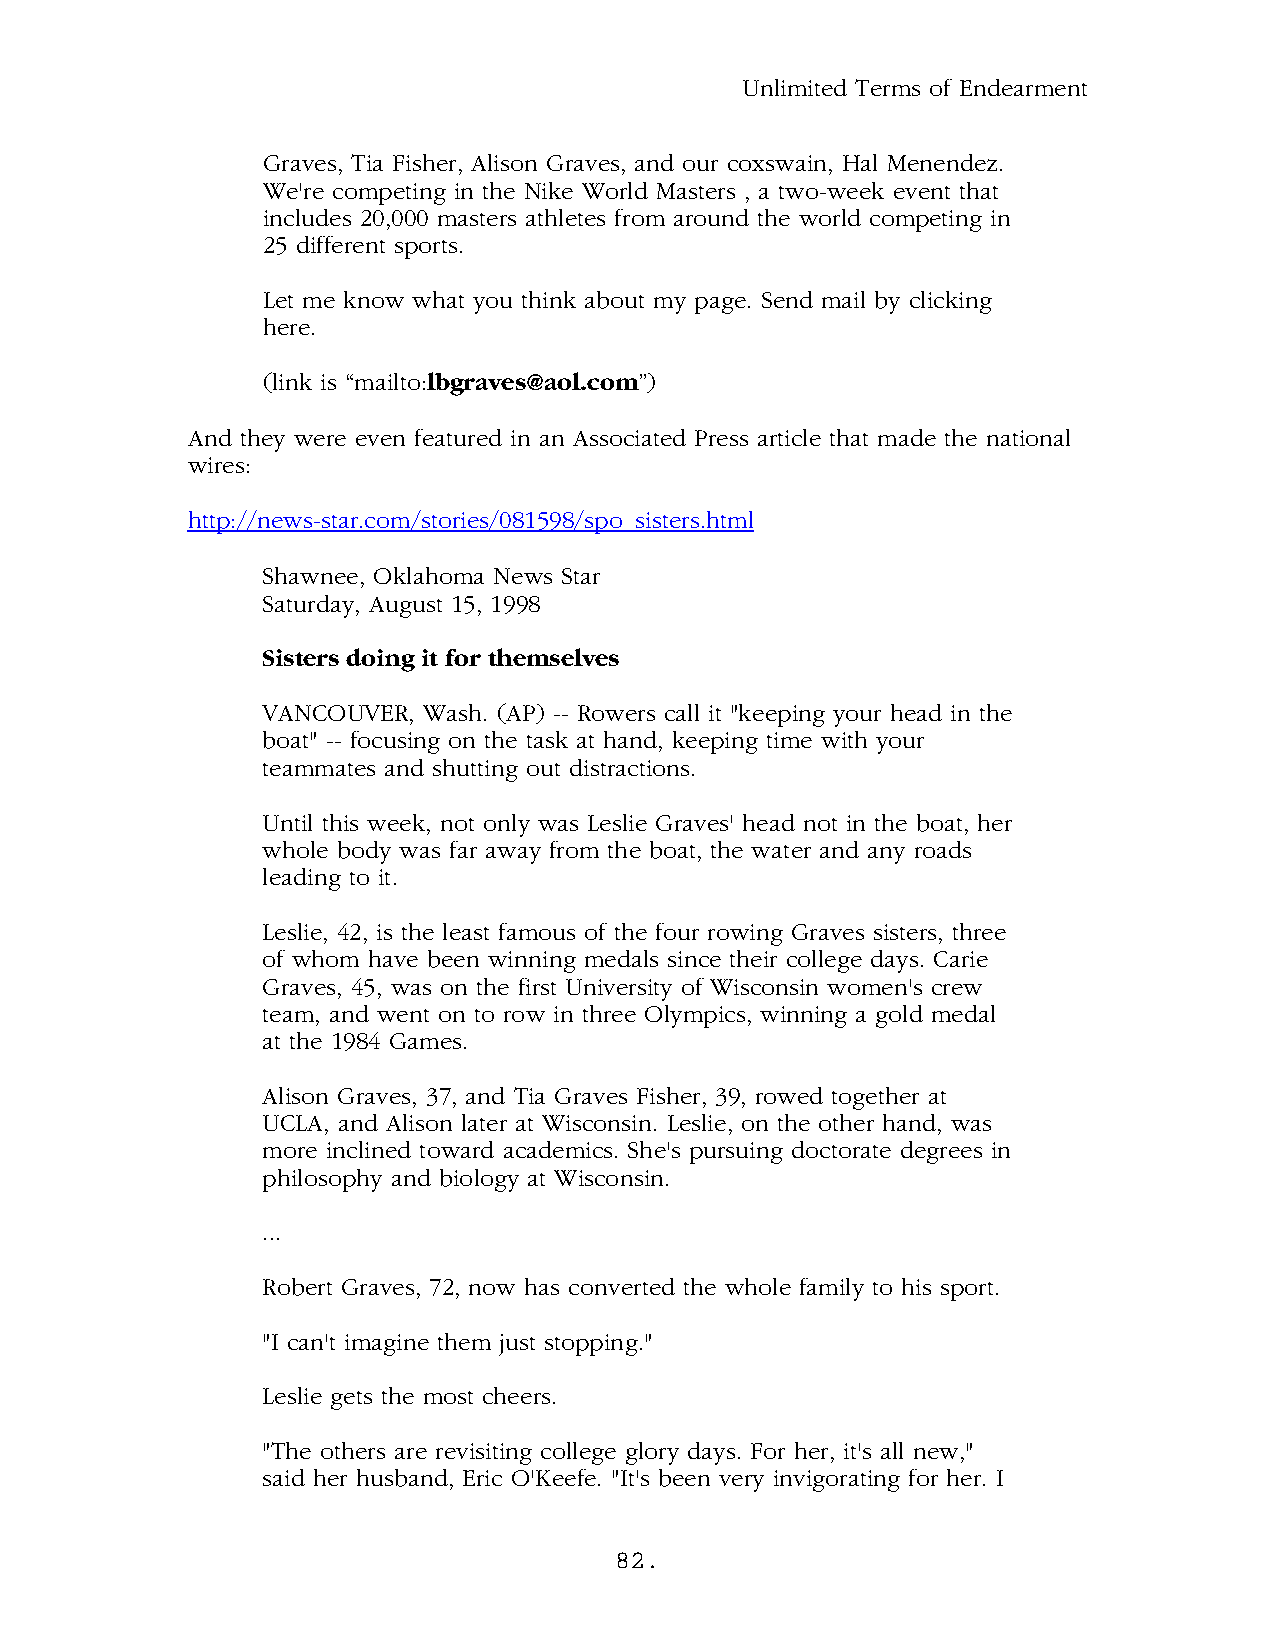
Unlimited Terms of Endearment
 Graves, Tia Fisher, Alison Graves, and our coxswain, Hal Menendez.
 We're competing in the Nike World Masters , a two-week event that
 includes 20,000 masters athletes from around the world competing in
 25 different sports.
 Let me know what you think about my page. Send mail by clicking
 here.
 (link is “mailto:lbgraves@aol.com”)
 And they were even featured in an Associated Press article that made the national
 wires:
 http://news-star.com/stories/081598/spo_sisters.html
 Shawnee, Oklahoma News Star
 Saturday, August 15, 1998
 Sisters doing it for themselves
 VANCOUVER, Wash. (AP) -- Rowers call it "keeping your head in the
 boat" -- focusing on the task at hand, keeping time with your
 teammates and shutting out distractions.
 Until this week, not only was Leslie Graves' head not in the boat, her
 whole body was far away from the boat, the water and any roads
 leading to it.
 Leslie, 42, is the least famous of the four rowing Graves sisters, three
 of whom have been winning medals since their college days. Carie
 Graves, 45, was on the first University of Wisconsin women's crew
 team, and went on to row in three Olympics, winning a gold medal
 at the 1984 Games.
 Alison Graves, 37, and Tia Graves Fisher, 39, rowed together at
 UCLA, and Alison later at Wisconsin. Leslie, on the other hand, was
 more inclined toward academics. She's pursuing doctorate degrees in
 philosophy and biology at Wisconsin.
 ...
 Robert Graves, 72, now has converted the whole family to his sport.
 "I can't imagine them just stopping."
 Leslie gets the most cheers.
 "The others are revisiting college glory days. For her, it's all new,"
 said her husband, Eric O'Keefe. "It's been very invigorating for her. I
 82.